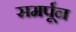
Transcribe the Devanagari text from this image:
समर्पून